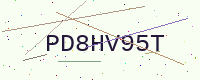
Text: PD8HV95T